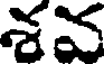
శవ